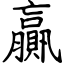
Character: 贏